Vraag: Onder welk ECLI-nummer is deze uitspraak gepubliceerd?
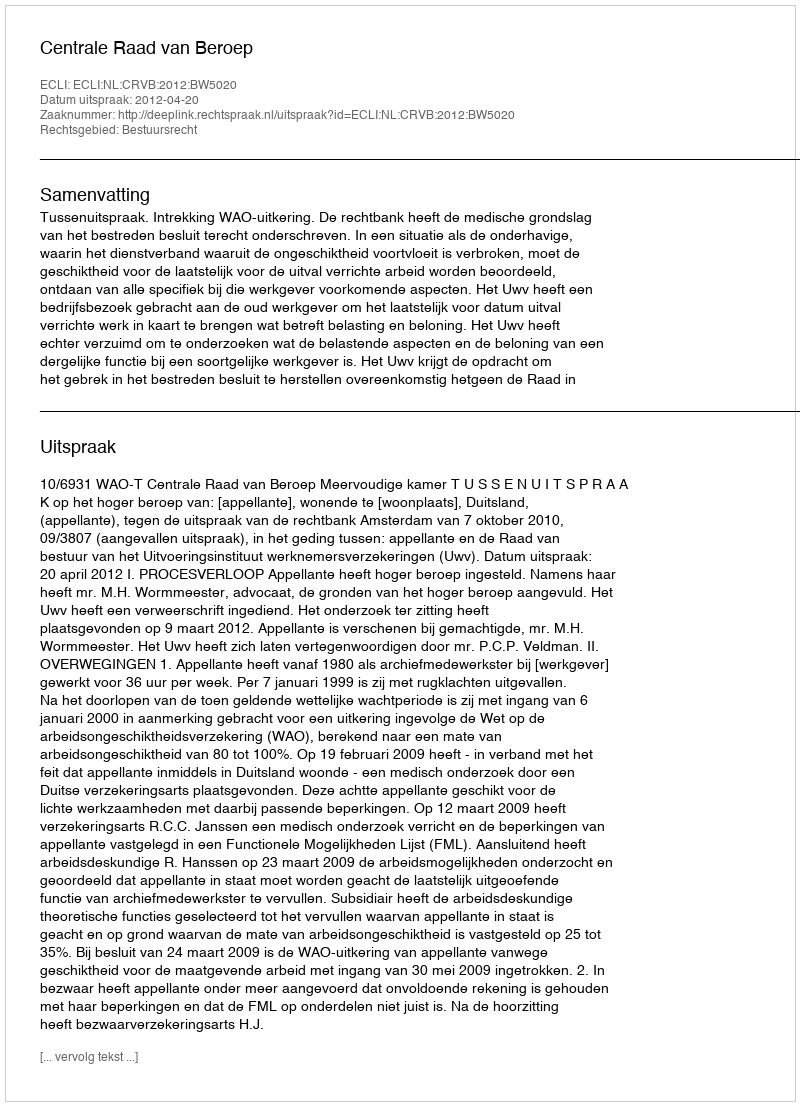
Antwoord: ECLI:NL:CRVB:2012:BW5020